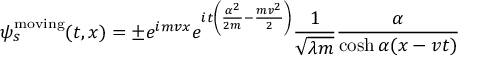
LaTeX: \psi _ { s } ^ { \mathrm { m o v i n g } } ( t , x ) = \pm e ^ { i m v x } e ^ { i t \left( \frac { \alpha ^ { 2 } } { 2 m } - \frac { m v ^ { 2 } } { 2 } \right) } \frac { 1 } { \sqrt { \lambda m } } \frac { \alpha } { \cosh \alpha ( x - v t ) }